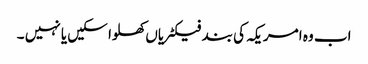
اب وہ امریکہ کی بند فیکٹریاں کھلوا سکیں یا نہیں ۔